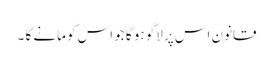
قانون اس پر لاگو ہو گا جو اس کو مانے گا ۔